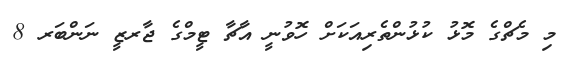
މި މެޗްގެ މޮޅު ކުޅުންތެރިއަކަށް ހޮވުނީ އާޗާ ޓީމްގެ ޖާރޒީ ނަންބަރ 8